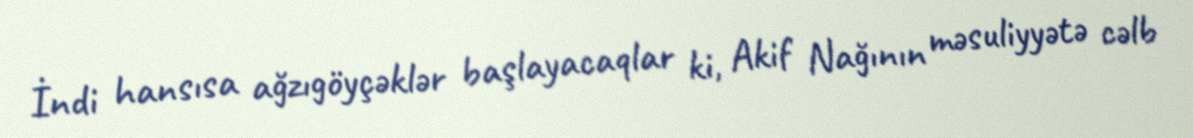
İndi hansısa ağzıgöyçəklər başlayacaqlar ki, Akif Nağının məsuliyyətə cəlb